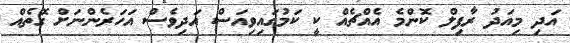
އަދި މިއަދު ރާފިލް ކޮންމެ އެއްޗެއް ކީ ކަމުގައިވިއަސް އަދިވެސް އަހަރެންނަށް ގޮތެއް